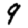
Digit: 9